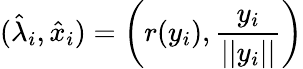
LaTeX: (\hat{\lambda}_{i},\hat{x}_{i})=\bigg(r(y_{i}),\frac{y_{i}}{\vert\vert y_{i}\vert\vert}\bigg)